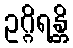
ဥဂ္ဂိရန္တိ